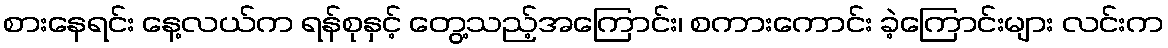
စားနေရင်း နေ့လယ်က ရန်စုနှင့် တွေ့သည့်အကြောင်း၊ စကားကောင်း ခဲ့ကြောင်းများ လင်းက